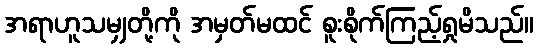
အရာဟူသမျှတို့ကို အမှတ်မထင် စူးစိုက်ကြည့်ရှုမိသည်။